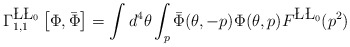
\begin{align*}\Gamma^{\L\L_0}_{1,1}\left[\Phi,\bar{\Phi}\right] = \int d^4 \theta \int_p\bar{\Phi}(\theta, -p)\Phi(\theta,p) F^{\L\L_0}(p^2)\end{align*}